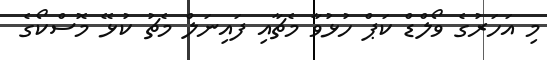
މި އަަހަރުގެ ވޯލްޑް ކަޕް ހުޅުވާ މެޗާއި ފައިނަލް މެޗު ކުޅޭ މޮސްކޯގެ